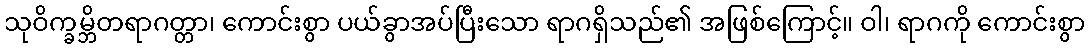
သုဝိက္ခမ္ဘိတရာဂတ္တာ၊ ကောင်းစွာ ပယ်ခွာအပ်ပြီးသော ရာဂရှိသည်၏ အဖြစ်ကြောင့်။ ဝါ၊ ရာဂကို ကောင်းစွာ